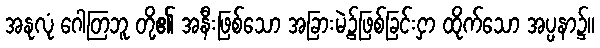
အနုလုံ ဂေါတြဘူ တို့၏ အနီးဖြစ်သော အခြားမဲ့၌ဖြစ်ခြင်းငှာ ထိုက်သော အပ္ပနာ၌။